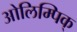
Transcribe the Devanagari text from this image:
ओलिम्पिक्